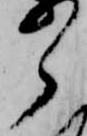
ら